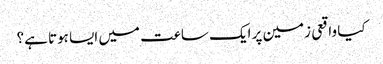
کیا واقعی زمین پر ایک ساعت میں ایسا ہوتا ہے؟